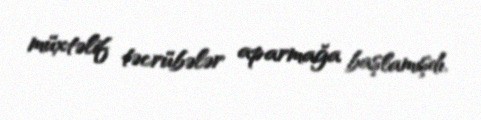
müxtəlif təcrübələr aparmağa başlamışdı.